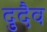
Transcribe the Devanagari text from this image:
दुदैव